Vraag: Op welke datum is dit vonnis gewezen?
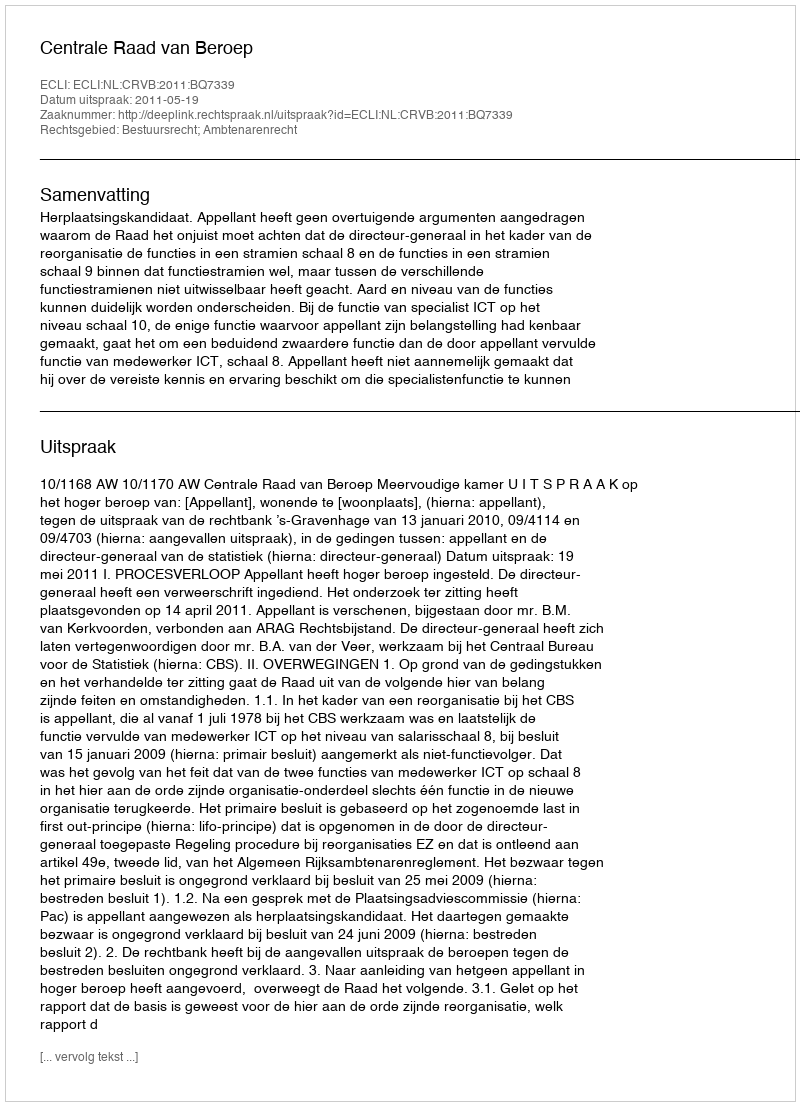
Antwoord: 2011-05-19